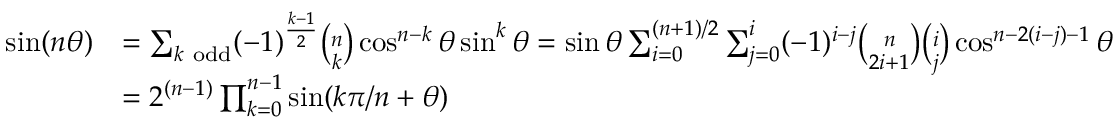
{ \begin{array} { r l } { \sin ( n \theta ) } & { = \sum _ { k { \mathrm { ~ o d d } } } ( - 1 ) ^ { \frac { k - 1 } { 2 } } { \binom { n } { k } } \cos ^ { n - k } \theta \sin ^ { k } \theta = \sin \theta \sum _ { i = 0 } ^ { ( n + 1 ) / 2 } \sum _ { j = 0 } ^ { i } ( - 1 ) ^ { i - j } { \binom { n } { 2 i + 1 } } { \binom { i } { j } } \cos ^ { n - 2 ( i - j ) - 1 } \theta } \\ { } & { = 2 ^ { ( n - 1 ) } \prod _ { k = 0 } ^ { n - 1 } \sin ( k \pi / n + \theta ) } \end{array} }